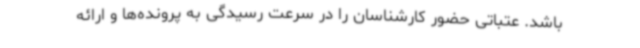
باشد. عتباتی حضور کارشناسان را در سرعت رسیدگی به پرونده‌ها و ارائه